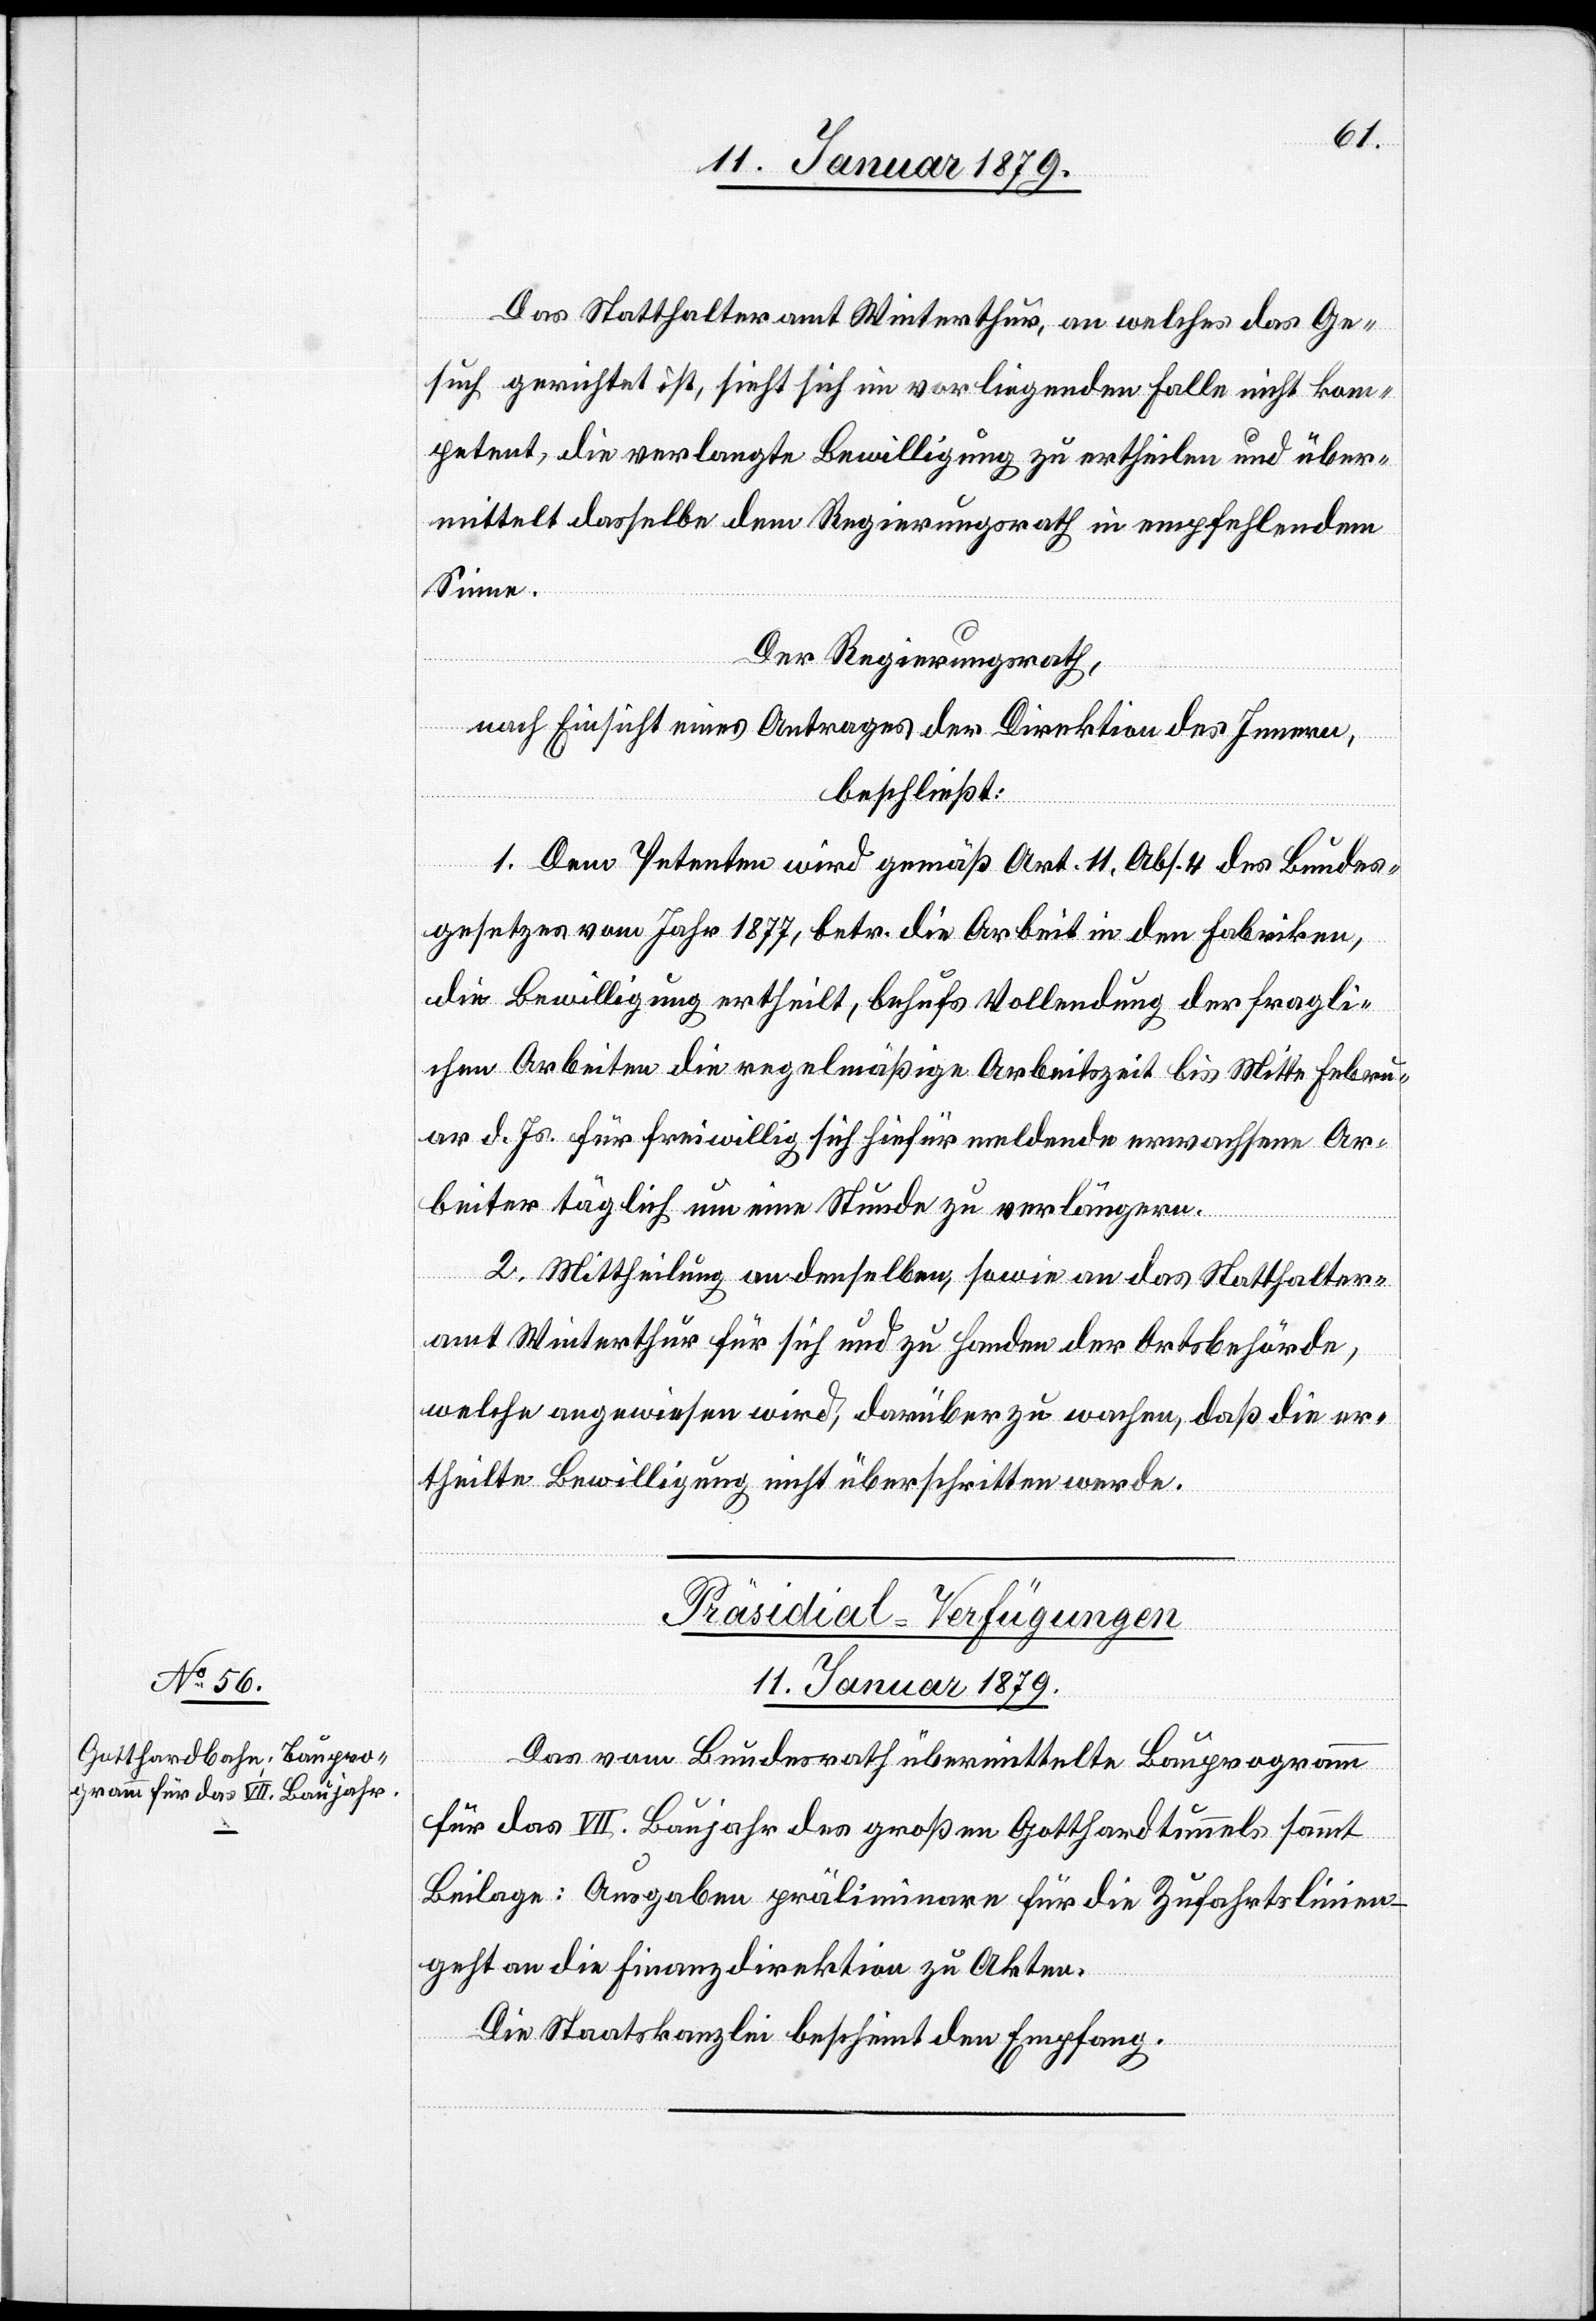
Das Statthalteramt Winterthur, an welches das Ge¬
such gerichtet ist, sieht sich im vorliegenden Falle nicht kom¬
petent, die verlangte Bewilligung zu ertheilen und über¬
mittelt dasselbe dem Regierungsrath in empfehlendem
Sinne.
Der Regierungsrath,
nach Einsicht eines Antrages der Direktion des Innern,
beschließt:
1. Dem Petenten wird gemäß Art. 11. Abs. 4 des Bundes¬
gesetzes vom Jahr 1877, betr. die Arbeiten in den Fabriken,
die Bewilligung ertheilt, behufs Vollendung der fragli¬
chen Arbeiten die regelmäßige Arbeitszeit bis Mitte Febru¬
ar d. Js. für freiwillig sich hiefür meldende erwachsene Ar¬
beiter täglich um eine Stunde zu verlängern.
2. Mittheilung an denselben, sowie an das Statthalter¬
amt Winterthur für sich und zu Handen der Ortsbehörde,
welche angewiesen wird, darüber zu wachen, daß die er¬
theilte Bewilligung nicht überschritten werde.
Präsidial-Verfügungen
11. Januar 1879.
Das vom Bundesrath übermittelte Bauprogramm
für das VII. Baujahr des großen Gotthardtunnels sammt
Beilage: Ausgaben präliminare für die Zufahrtslinien
geht an die Finanzdirektion zu Akten.
Die Staatskanzlei bescheint Empfang.